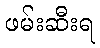
ဖမ်းဆီးရ